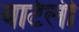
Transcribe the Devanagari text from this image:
बार्टली